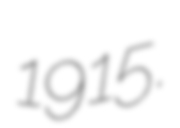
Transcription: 1915.